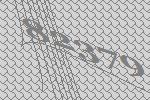
82379